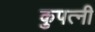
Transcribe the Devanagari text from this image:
कुपत्नी